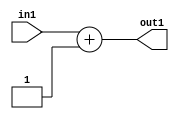
`timescale 1ps / 1ps
/*****************************************************************************
    Verilog RTL Description
    
    
    Created by: Stratus DpOpt 2019.1.01 
*******************************************************************************/

module DC_Filter_Add2i1u1_4 (
	in1,
	out1
	); /* architecture "behavioural" */ 
input  in1;
output [1:0] out1;
wire [1:0] asc001;

assign asc001 = 
	+(in1)
	+(2'B01);

assign out1 = asc001;
endmodule

/* CADENCE  urf3Sgo= : u9/ySgnWtBlWxVPRXgAZ4Og= ** DO NOT EDIT THIS LINE ******/